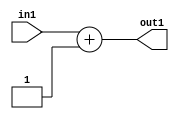
`timescale 1ps / 1ps
/*****************************************************************************
    Verilog RTL Description
    
    
    Created by: Stratus DpOpt 2019.1.01 
*******************************************************************************/

module DC_Filter_Add2i1u1_4 (
	in1,
	out1
	); /* architecture "behavioural" */ 
input  in1;
output [1:0] out1;
wire [1:0] asc001;

assign asc001 = 
	+(in1)
	+(2'B01);

assign out1 = asc001;
endmodule

/* CADENCE  urf3Sgo= : u9/ySgnWtBlWxVPRXgAZ4Og= ** DO NOT EDIT THIS LINE ******/